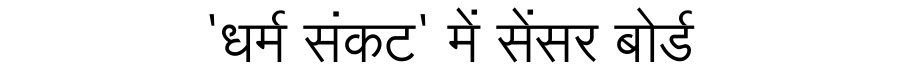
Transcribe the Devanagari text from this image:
'धर्म संकट' में सेंसर बोर्ड